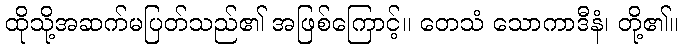
ထိုသို့အဆက်မပြတ်သည်၏ အဖြစ်ကြောင့်။ တေသံ သောကာဒီနံ၊ တို့၏။